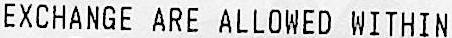
EXCHANGE ARE ALLOWED WITHIN